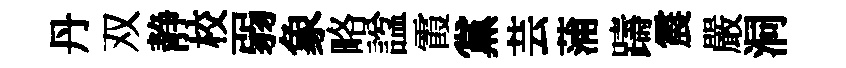
丹双静校弱象略諡霞黨芸蒲躊震嚴洞